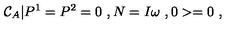
{ \cal C } _ { A } | P ^ { 1 } = P ^ { 2 } = 0 \ , N = I \omega \ , 0 > = 0 \ ,